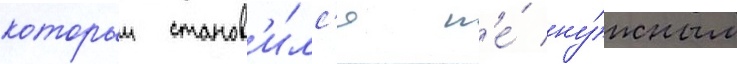
которыи станов'и́лс'я н'е́ ну́жным